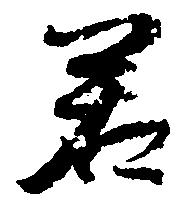
若